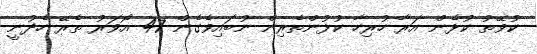
ކުވޭތު ކުޅެން އަރާ ހުރިހާ ކުޅުންތެރިން ނުބައިވެގެން 47 އޯވަރު ތެރޭ ހެދުނީ